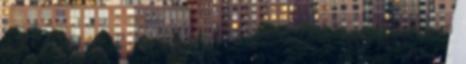
a kés pengéje belefuthat a plexi oldalába. Így nem